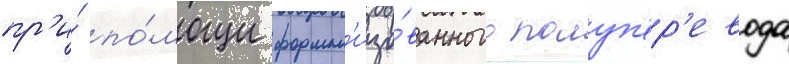
пр'и́ по́мощи формал'изо́ванного полуп'ер'евода